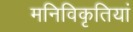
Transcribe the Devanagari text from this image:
मनिविकृतियां